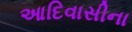
આદિવાસીના